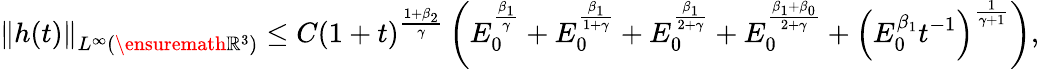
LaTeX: \left\| h(t)\right\| _{L^{\infty}(\ensuremath{{\mathbb R}}^{3})}\leq C(1+t)^{\frac{1+\beta_{2}}{\gamma}}\left(E_{0}^{\frac{\beta_{1}}{\gamma}}+E_{0}^{\frac{\beta_{1}}{1+\gamma}}+E_{0}^{\frac{\beta_{1}}{2+\gamma}}+E_{0}^{\frac{\beta_{1}+\beta_{0}}{2+\gamma}}+\left(E_{0}^{\beta_{1}}t^{-1}\right)^{\frac{1}{\gamma+1}}\right),